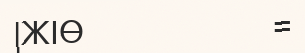
|ЖІӨ                     =